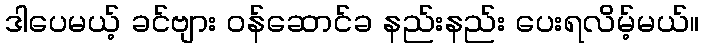
ဒါပေမယ့် ခင်ဗျား ဝန်ဆောင်ခ နည်းနည်း ပေးရလိမ့်မယ်။